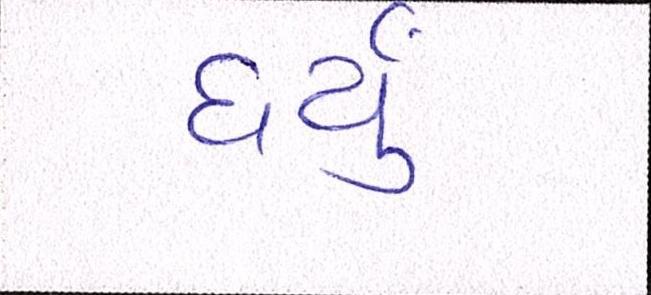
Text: ધર્યું